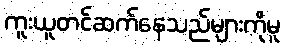
ကူးယူတင်ဆက်နေသည်များကိုမူ